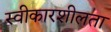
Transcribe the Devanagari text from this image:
स्वीकारशीलता